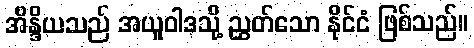
အိန္ဒိယသည် အယူဝါဒသို့ ညွှတ်သော နိုင်ငံ ဖြစ်သည်။